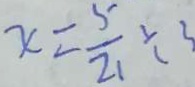
x = \frac { 5 } { 2 1 } \div 3